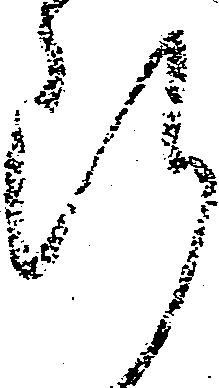
断